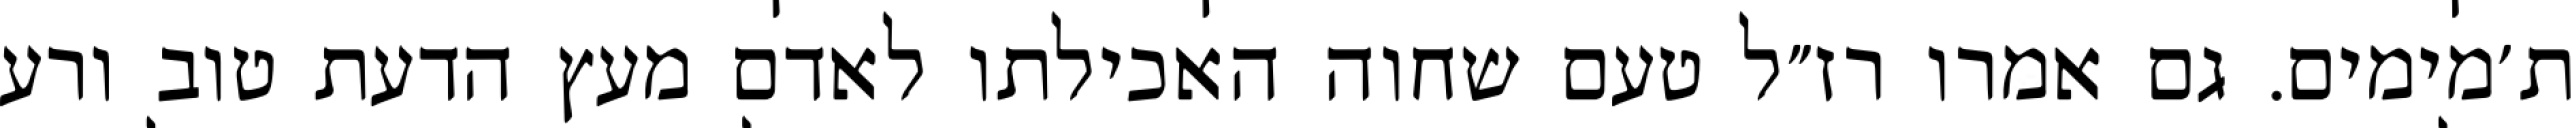
ת׳מימים. גם אמרו רז״ל טעם שחוה האכילתו לאדם מעץ הדעת טוב ורע